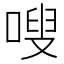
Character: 嗖